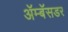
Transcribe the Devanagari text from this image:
ॲम्बॅसडर